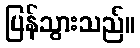
ပြန်သွားသည်။